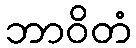
ဘာဝိတံ